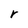
Character: r